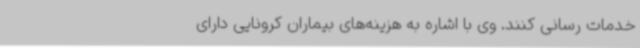
خدمات رسانی کنند. وی با اشاره به هزینه‌های بیماران کرونایی دارای